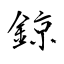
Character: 鍄